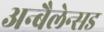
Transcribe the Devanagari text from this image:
अन्बैलेन्सड